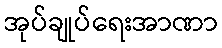
အုပ်ချုပ်ရေးအာဏာ